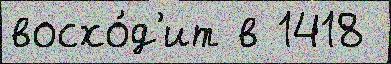
восхо́д'ит в 1418